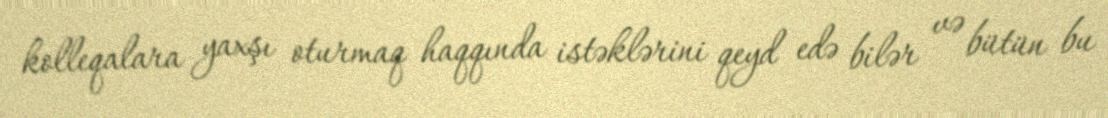
kolleqalara yaxşı oturmaq haqqında istəklərini qeyd edə bilər və bütün bu